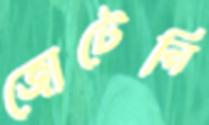
জোটেনি